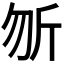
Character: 𭅉